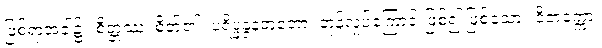
ဖြစ်ရာအခါ၌။ စိတ္တဿ၊ စိတ်၏။ ပရိပ္ဖန္ဒနဘူတော၊ တုန်လှုပ်ကြောင်းဖြစ်၍ ဖြစ်သော။ ဝိတက္ကော၊